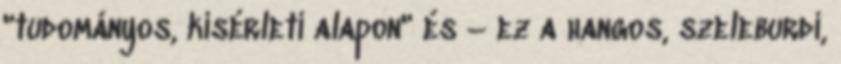
"tudományos, kísérleti alapon" és – ez a hangos, szeleburdi,